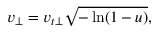
\begin{array} { r } { v _ { \perp } = v _ { t \perp } \sqrt { - \ln ( 1 - u ) } , } \end{array}